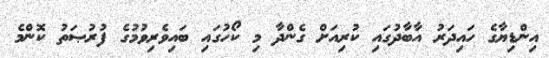
އިންޑިޔާގެ ހައިދަރު އާބާދުގައި ކުރިއަށް ގެންދާ މި ކޯހުގައި ބައިވެރިވުމުގެ ފުރުޞަތު ކޮންމެ